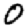
Digit: 0